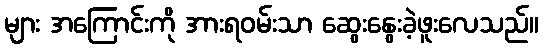
များ အကြောင်းကို အားရဝမ်းသာ ဆွေးနွေးခဲ့ဖူးလေသည်။